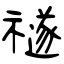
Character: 禭